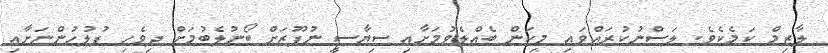
ލާޒިމް ކަމެކެވެ. ލަސްނުކުރައްވައި މިކަން ބެއްލެވުމަށާއި ސިޔާސީ ނުފޫޒަށް ބޯނުލެބުމަށް ދިވެހި ފުލުހުންނަށާއި